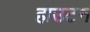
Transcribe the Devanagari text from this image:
हाउटन